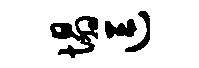
塌逗